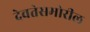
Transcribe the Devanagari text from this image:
देवतेसमोरील